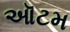
ઑટમ